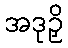
အဒုဉှိ